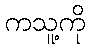
ကသူ့ကို